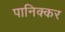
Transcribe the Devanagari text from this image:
पानिक्कर